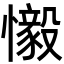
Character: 𫻗